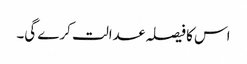
اس کا فیصلہ عدالت کرے گی۔